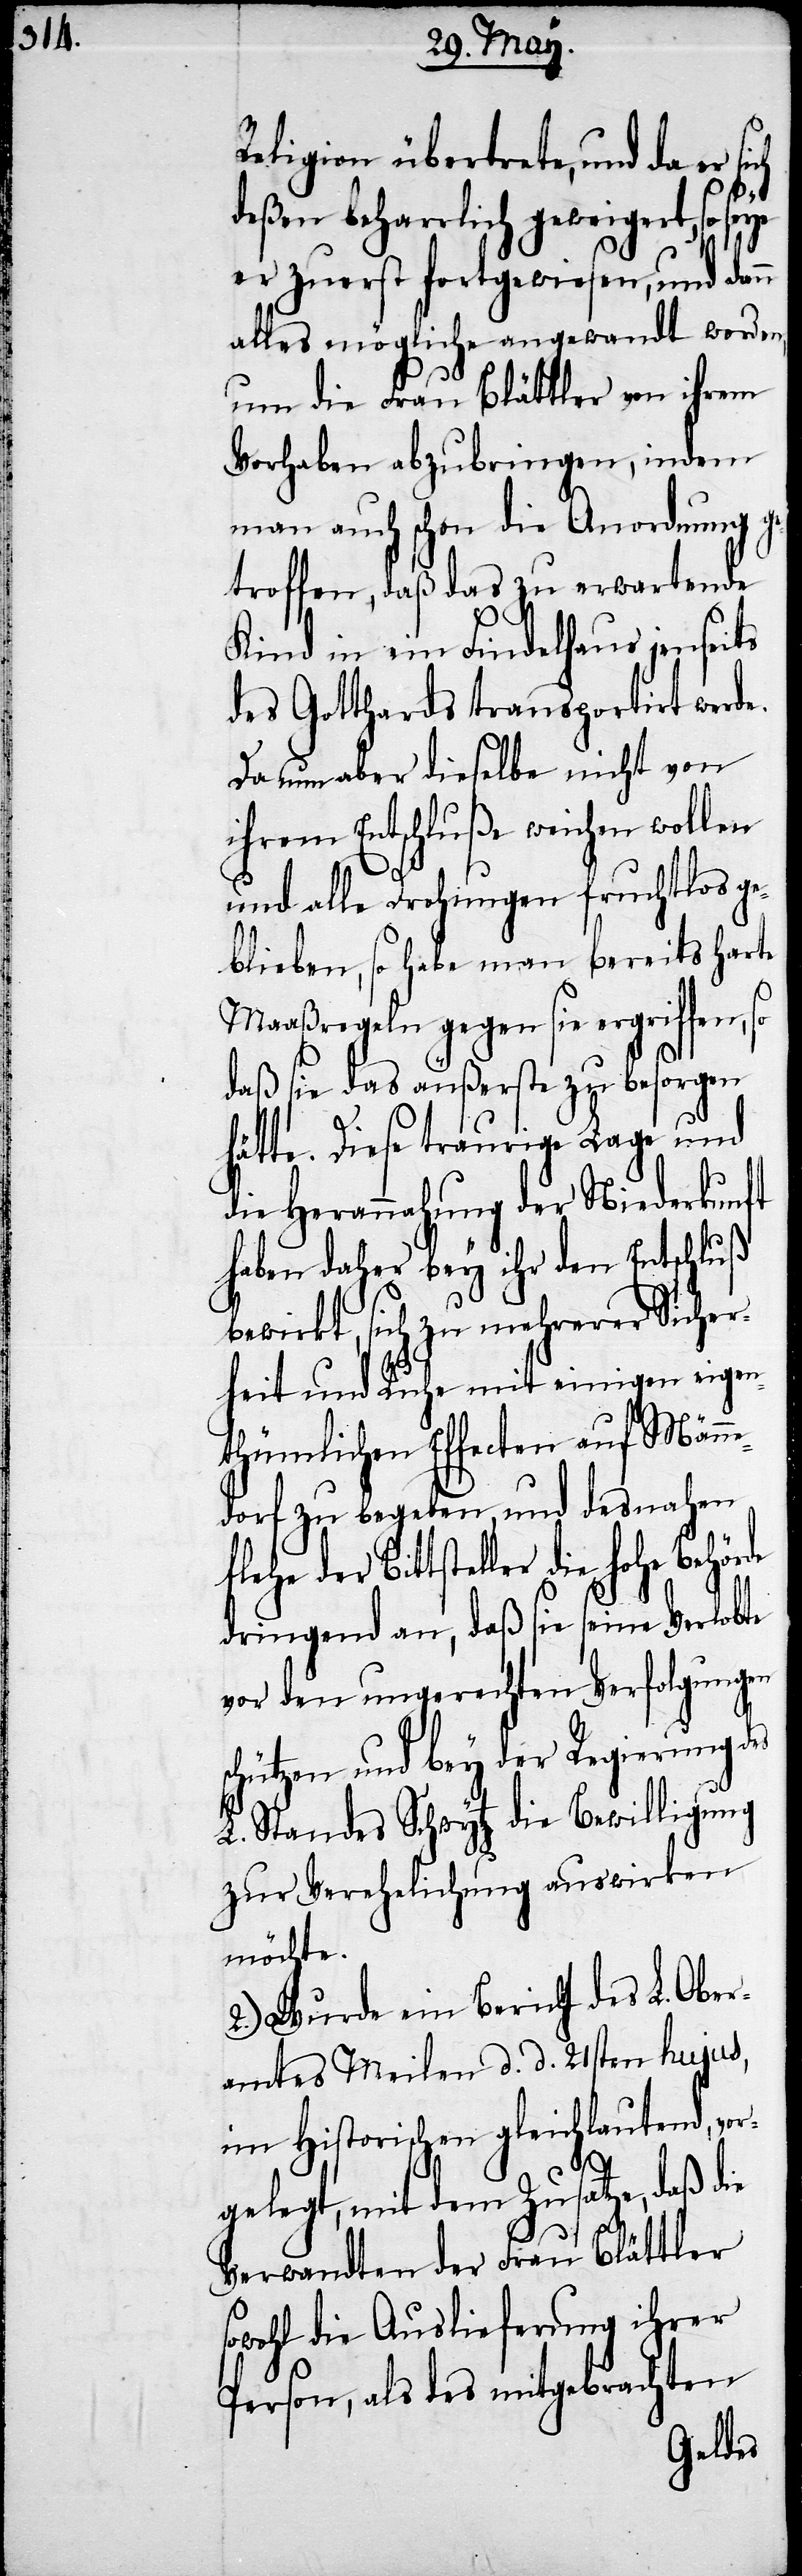
Religion übertrete, und da er
deßen beharrlich geweigert, so
er zuerst fortgewiesen, und
alles mögliche angewandt worden,
um die Frau Blättler von ihrem
Vorhaben abzubringen, indem
man auch schon die Anordnung g¬
etroffen, daß das zu erwartende
Kind in ein Findelhaus jenseits
des Gotthards transportirt werde.
Da nun aber dieselbe nicht von
ihrem Entschluße weichen wollen
und alle Drohungen fruchtlos ge¬
blieben, so habe man bereits harte
Maaßregeln gegen sie ergriffen, so
daß sie das äußerste zu besorgen
hätte. Diese traurige Lage und
die Herannahung der Niederkunft
haben daher bey ihr den Entschluß
bewirkt, sich zu mehrerer Sicher¬
heit und Ruhe mit einigen eigen¬
thümlichen Effecten auf Männ¬
edorf zu begeben, und desnahen
der Bittsteller die hohe
dringend an, daß sie seine Verlobte
vor den ungerechten Verfolgungen
schützen und bey der Regierung
L. Standes Schwytz die Bewilligung
zur Verehelichung auswirken
möchte.
2.) Wurde ein Bericht des L. Ober¬
amtes Meilen d. d. 21sten hujus,
im Historischen gleichlautend, vor¬
gelegt, mit dem Zusatze, daß
Verwandten der Frau Blättler
sowohl die Auslieferung ihrer
Person, als des mitgebrachten